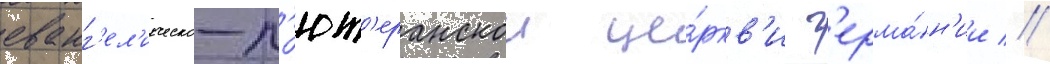
еванг'ел'ическо-л'ют'еранскои це́ркв'и г'ерма́н'ии //